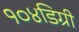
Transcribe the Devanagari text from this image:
१०४डिग्री